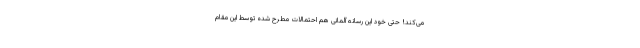
می‌کند! حتی خود این رسانه آلمانی هم احتمالات مطرح شده توسط این مقام